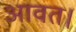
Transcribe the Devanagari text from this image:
आवत।